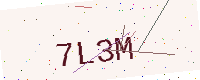
Text: 7L3M